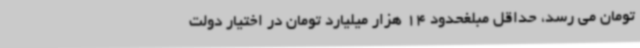
تومان می رسد، حداقل مبلغحدود 14 هزار میلیارد تومان در اختیار دولت